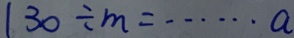
1 3 0 \div m = \cdots a